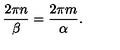
\frac { 2 \pi n } { \beta } = \frac { 2 \pi m } { \alpha } .